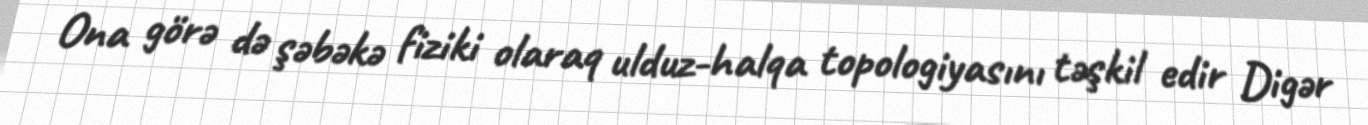
Ona görə də şəbəkə fiziki olaraq ulduz-halqa topologiyasını təşkil edir Digər